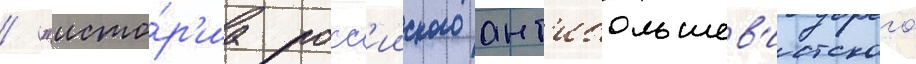
/ "исто́р'иа росс'ииского ант'ибольшев'истского